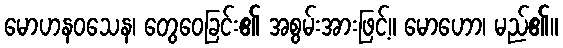
မောဟနဝသေန၊ တွေဝေခြင်း၏ အစွမ်းအားဖြင့်။ မောဟော၊ မည်၏။